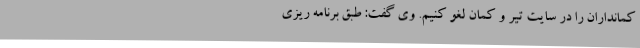
کمانداران را در سایت تیر و کمان لغو کنیم. وی گفت: طبق برنامه ریزی